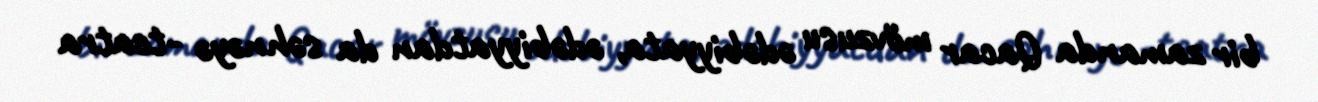
bir zamanda Qacar mövzusu ədəbiyyata, ədəbiyyatdan da səhnəyə -teatra